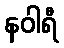
နဝါရီ